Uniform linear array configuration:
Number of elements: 4
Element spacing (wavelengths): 1
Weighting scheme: exponential
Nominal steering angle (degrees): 15
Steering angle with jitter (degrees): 16.986
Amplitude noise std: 0.05
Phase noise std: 0.05

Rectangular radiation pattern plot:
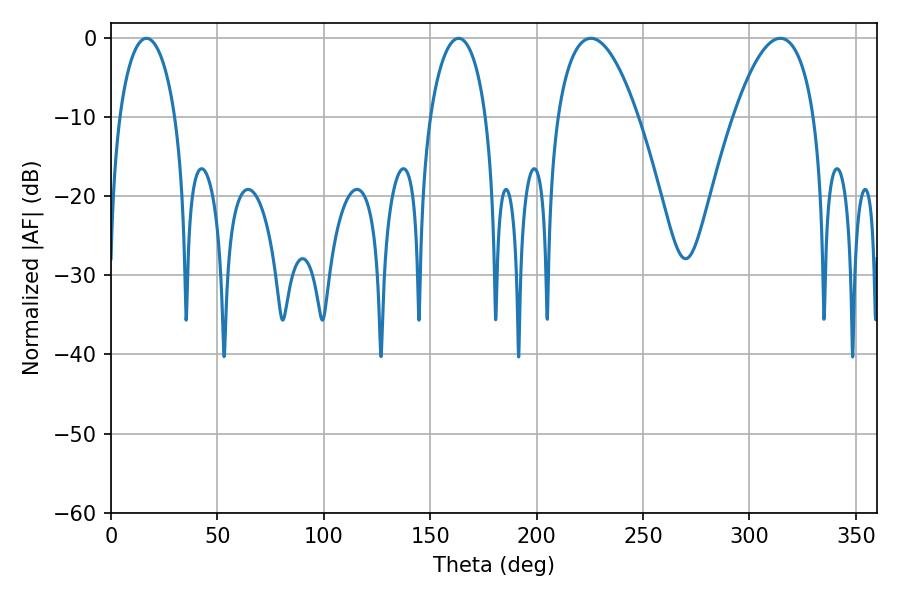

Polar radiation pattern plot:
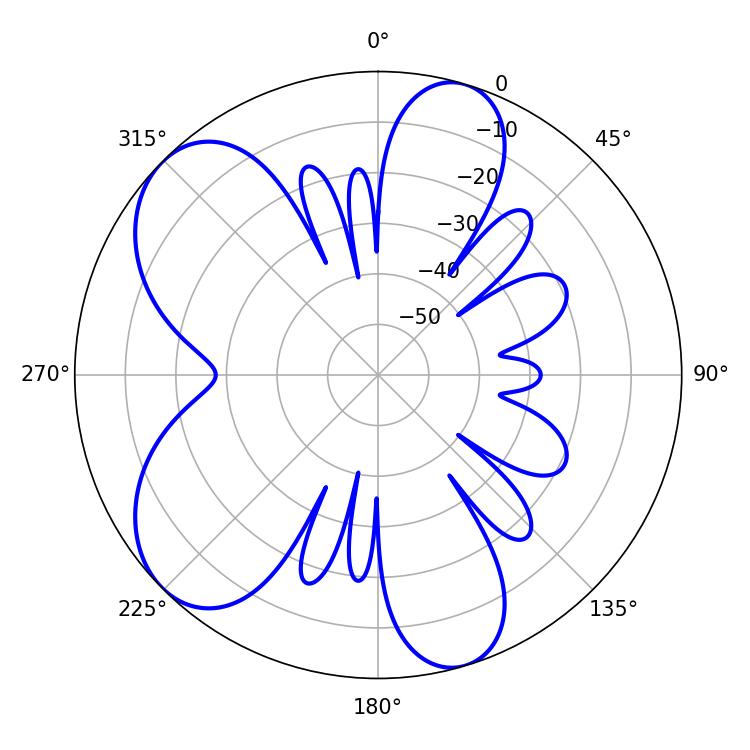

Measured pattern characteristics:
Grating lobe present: TRUE
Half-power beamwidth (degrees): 21.06
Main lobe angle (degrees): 225.54